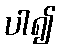
ပါ၍